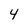
Character: 4